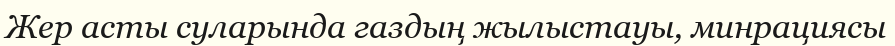
Жер асты суларында газдың жылыстауы, минрациясы